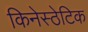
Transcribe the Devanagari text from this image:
किनेस्ठेटिक